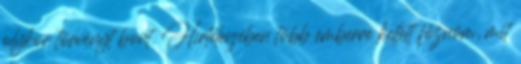
olykor törvényt bont. Hirtelenjében több emberre kellett főznöm, mit